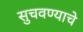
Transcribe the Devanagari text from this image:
सुचवण्याचे